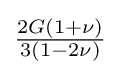
{\tfrac {2G(1+\nu )}{3(1-2\nu )}}